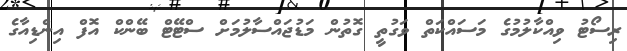
ރިސޯޓު ވިއްކާލުމުގެ މަސައްކަތް ވަގުތީ ގޮތުން މަޑުޖައްސާލުމަށް ސްޓޭޓް ބޭންކް އޮފް އިންޑިއާގެ